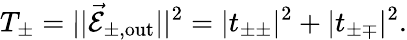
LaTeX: T_{\pm}=\lvert\lvert\vec{\mathcal{E}}_{\pm,\mathrm{out}}\rvert\rvert^{2}=\lvert t_{\pm\pm}\rvert^{2}+\lvert t_{\pm\mp}\rvert^{2}.